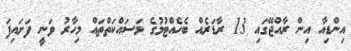
އިންޑިއާ އިން ރާއްޖޭގައި 13 ރާޑަރެއް ބެހެއްޓުމުގެ މަސައްކަތްތައް މިހާރު ވަނީ ފަށައިފަ